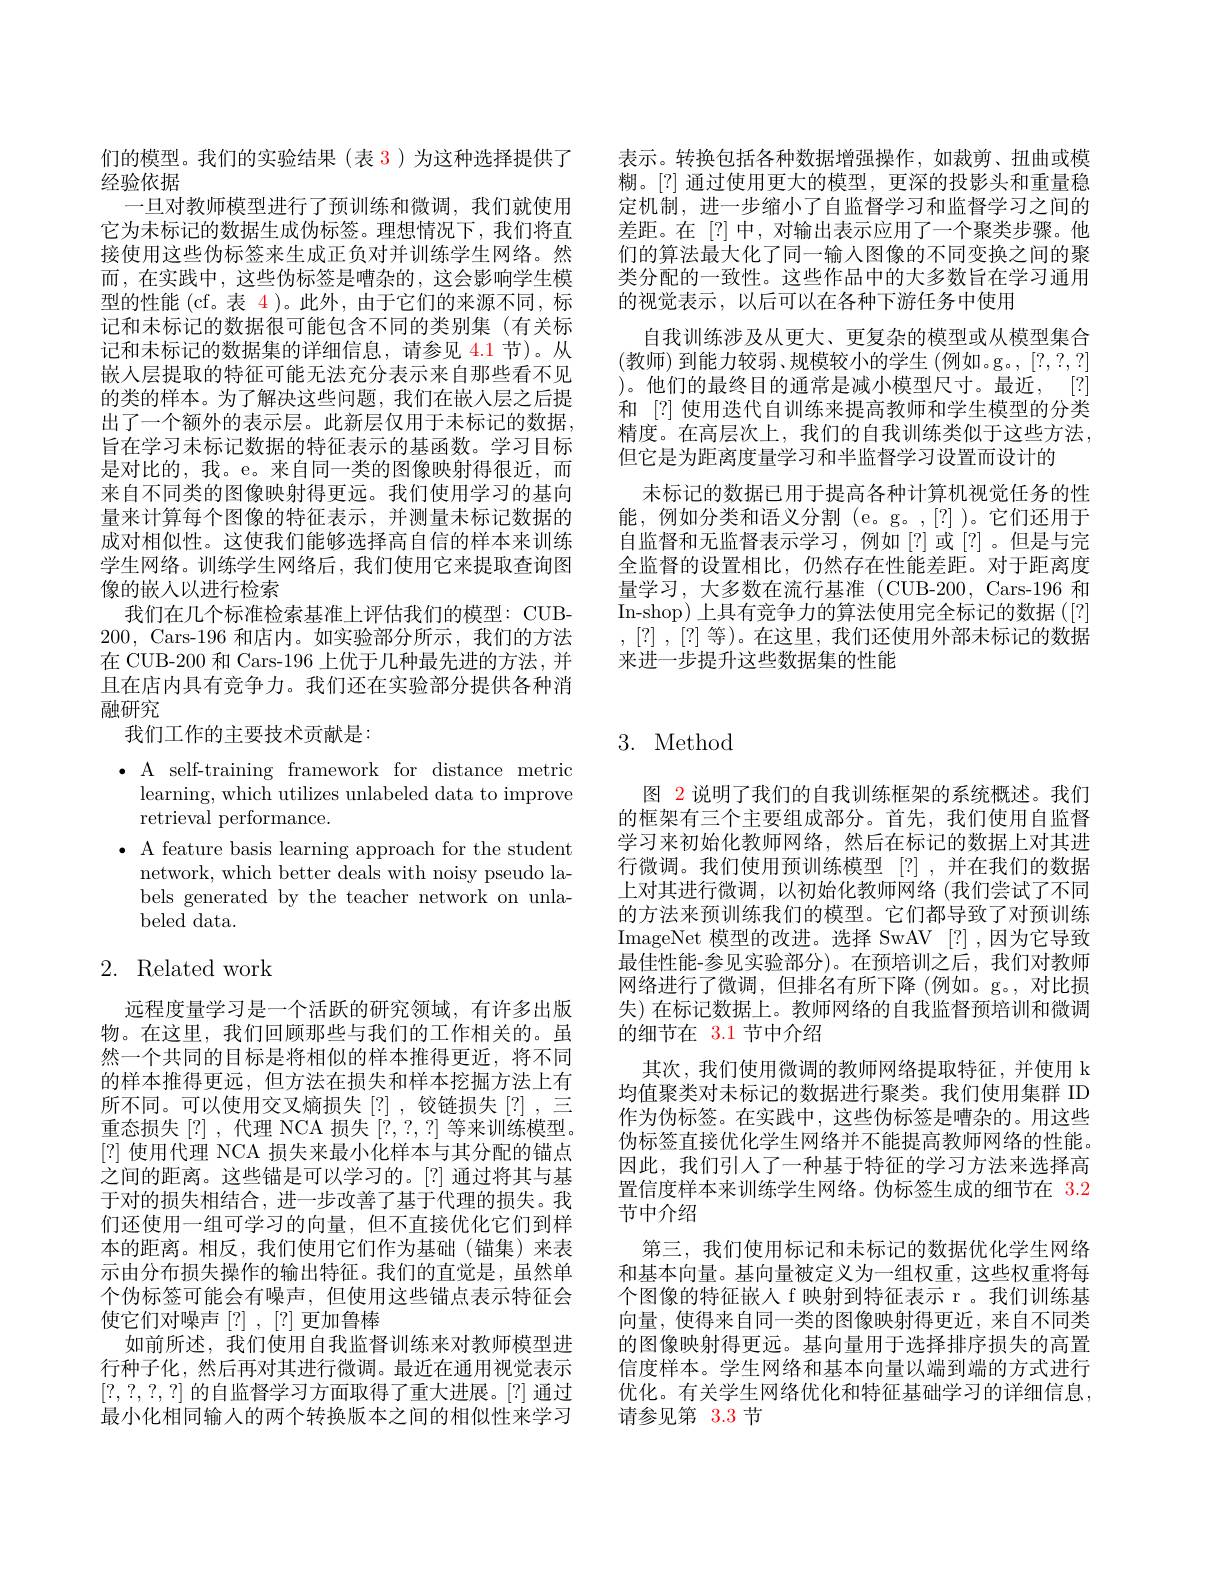
表示。转换包括各种数据增强操作，如裁剪、扭曲或模糊。[?] 通过使用更大的模型，更深的投影头和重量稳定机制，进一步缩小了自监督学习和监督学习之间的差距。在[?]中，对输出表示应用了一个聚类步骤。他们的算法最大化了同一输入图像的不同变换之间的聚类分配的一致性。这些作品中的大多数旨在学习通用的视觉表示，以后可以在各种下游任务中使用
自我训练涉及从更大、更复杂的模型或从模型集合(教师)到能力较弱、规模较小的学生 (例如。g。,[?,?,?] )。他们的最终目的通常是减小模型尺寸。最近，[?] 和 [?] 使用迭代自训练来提高教师和学生模型的分类精度。在高层次上，我们的自我训练类似于这些方法， 但它是为距离度量学习和半监督学习设置而设计的
未标记的数据已用于提高各种计算机视觉任务的性能，例如分类和语义分割(e。g。,[?])。它们还用于自监督和无监督表示学习，例如[?]或[?]。但是与完全监督的设置相比，仍然存在性能差距。对于距离度量学习，大多数在流行基准(CUB-200,Cars-196 和In-shop) 上具有竞争力的算法使用完全标记的数据([?] ,[?] , [?] $等 )$。在这里，我们还使用外部未标记的数据来进一步提升这些数据集的性能

们的模型。我们的实验结果(表 3)为这种选择提供了
经验依据
一旦对教师模型进行了预训练和微调，我们就使用它为未标记的数据生成伪标签。理想情况下，我们将直接使用这些伪标签来生成正负对并训练学生网络。然而，在实践中，这些伪标签是嘈杂的，这会影响学生模型的性能(cf。表 4)。此外，由于它们的来源不同，标记和未标记的数据很可能包含不同的类别集(有关标记和未标记的数据集的详细信息，请参见 4.1节)。从嵌入层提取的特征可能无法充分表示来自那些看不见的类的样本。为了解决这些问题，我们在嵌人层之后提出了一个额外的表示层。此新层仅用于未标记的数据， 旨在学习未标记数据的特征表示的基函数。学习目标是对比的，我。e。来自同一类的图像映射得很近，而来自不同类的图像映射得更远。我们使用学习的基向量来计算每个图像的特征表示，并测量未标记数据的成对相似性。这使我们能够选择高自信的样本来训练学生网络。训练学生网络后，我们使用它来提取查询图像的嵌人以进行检索
我们在几个标准检索基准上评估我们的模型：CUB- 200, Cars-196 和店内。如实验部分所示，我们的方法在 CUB-200 和 Cars-196 上优于几种最先进的方法，并且在店内具有竞争力。我们还在实验部分提供各种消融研究
我们工作的主要技术贡献是：

$\bullet$ A self-training framework for distance metric
learning, which utilizes unlabeled data to improve
retrieval performance.
$\bullet$ A feature basis learning approach for the student
network, which better deals with noisy pseudo labels generated by the teacher network on unlabeled data.

# 2. Related work

远程度量学习是一个活跃的研究领域，有许多出版物。在这里，我们回顾那些与我们的工作相关的。虽然一个共同的目标是将相似的样本推得更近，将不同的样本推得更远，但方法在损失和样本挖掘方法上有所不同。可以使用交叉熵损失[?],铰链损失[?],三重态损失[?],代理 NCA 损失[?,?,?] 等来训练模型。[?]使用代理 NCA 损失来最小化样本与其分配的锚点之间的距离。这些锚是可以学习的。[?] 通过将其与基于对的损失相结合，进一步改善了基于代理的损失。我们还使用一组可学习的向量，但不直接优化它们到样本的距离。相反，我们使用它们作为基础(锚集)来表示由分布损失操作的输出特征。我们的直觉是，虽然单个伪标签可能会有噪声，但使用这些锚点表示特征会使它们对噪声[?],[?]更加鲁棒
如前所述，我们使用自我监督训练来对教师模型进行种子化，然后再对其进行微调。最近在通用视觉表示[?,?,?,?]的自监督学习方面取得了重大进展。[?] 通过最小化相同输入的两个转换版本之间的相似性来学习

# 3. Method

图 2 说明了我们的自我训练框架的系统概述。我们的框架有三个主要组成部分。首先，我们使用自监督学习来初始化教师网络，然后在标记的数据上对其进行微调。我们使用预训练模型[?],并在我们的数据上对其进行微调，以初始化教师网络 (我们尝试了不同的方法来预训练我们的模型。它们都导致了对预训练ImageNet 模型的改进。选择 SwAV [?] ,因为它导致最佳性能-参见实验部分)。在预培训之后，我们对教师网络进行了微调，但排名有所下降(例如。g。,对比损失)在标记数据上。教师网络的自我监督预培训和微调的细节在 3.1 节中介绍
其次，我们使用微调的教师网络提取特征，并使用 k 均值聚类对未标记的数据进行聚类。我们使用集群 ID 作为伪标签。在实践中，这些伪标签是嘈杂的。用这些伪标签直接优化学生网络并不能提高教师网络的性能。因此，我们引人了一种基于特征的学习方法来选择高置信度样本来训练学生网络。伪标签生成的细节在3.2节中介绍
第三，我们使用标记和未标记的数据优化学生网络和基本向量。基向量被定义为一组权重，这些权重将每个图像的特征嵌入 f 映射到特征表示 r 。我们训练基向量，使得来自同一类的图像映射得更近，来自不同类的图像映射得更远。基向量用于选择排序损失的高置信度样本。学生网络和基本向量以端到端的方式进行优化。有关学生网络优化和特征基础学习的详细信息， 请参见第 3.3 节